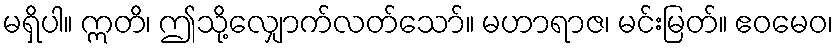
မရှိပါ။ ဣတိ၊ ဤသို့လျှောက်လတ်သော်။ မဟာရာဇ၊ မင်းမြတ်။ ဧဝမေဝ၊